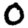
Digit: 0